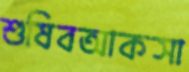
শুষিবআকসা